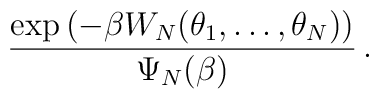
{\exp\left(-\beta W_N(\theta_1,\ldots,\theta_N)\right)\over \Psi_N(\beta)}\, .